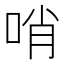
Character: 哨